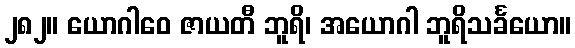
၂၈၂။ ယောဂါဝေ ဇာယတီ ဘူရိ၊ အယောဂါ ဘူရိသင်္ခယော။